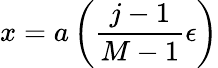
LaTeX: x=a\left(\frac{j-1}{M-1}\epsilon\right)